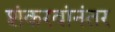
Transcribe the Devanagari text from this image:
शंकरवांनंतर